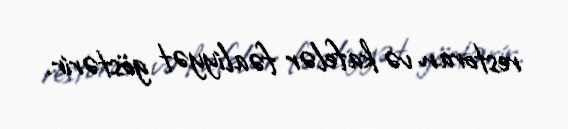
restoran və kafelər fəaliyyət göstərir.